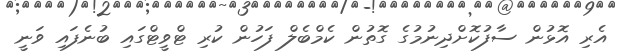
އެރި އޮޅުން ސާފުކޮށްދިނުމުގެ ގޮތުން ކެމްބެލް ފަހުން ކުރި ޓްވީޓްގައި ބުނެފައި ވަނީ